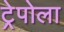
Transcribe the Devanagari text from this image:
ट्रेपोला